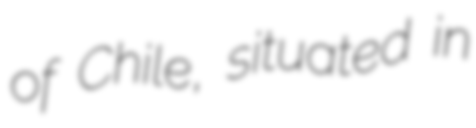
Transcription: of Chile, situated in